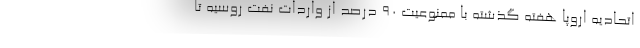
اتحادیه اروپا هفته گذشته با ممنوعیت ۹۰ درصد از واردات نفت روسیه تا